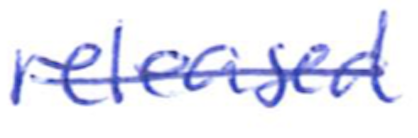
Text: released
Cross-out: single-line
Writing tool: ballpoint